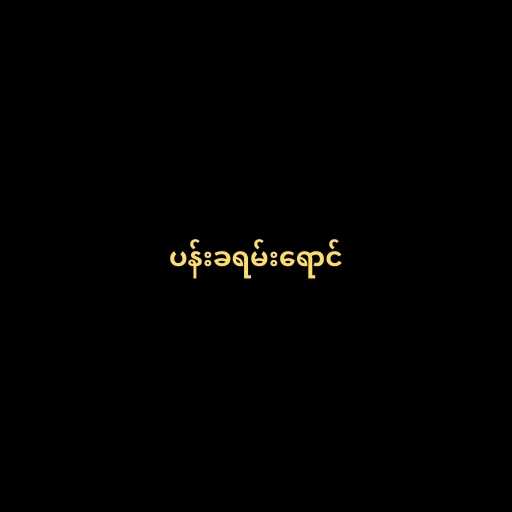
ပန်းခရမ်းရောင်